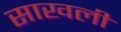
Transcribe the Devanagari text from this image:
साखली